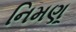
નિમણૂ